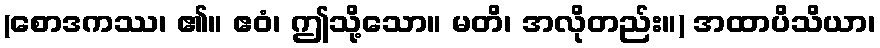
(စောဒကဿ၊ ၏။ ဧဝံ၊ ဤသို့သော။ မတိ၊ အလိုတည်း။) အထာပိသိယာ၊